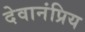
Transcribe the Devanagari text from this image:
देवानंप्रिय